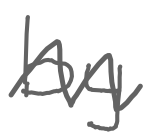
Text: by
Cross-out: zig-zag
Writing tool: digital_gray